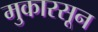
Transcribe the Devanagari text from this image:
मुकारसून